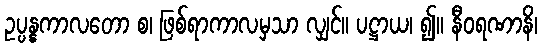
ဥပ္ပန္နကာလတော စ၊ ဖြစ်ရာကာလမှသာ လျှင်။ ပဋ္ဌာယ၊ ၍။ နီဝရဏာနိ၊